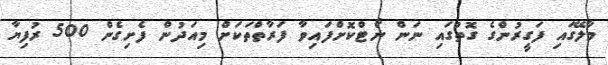
މާލޭގައި ފަގީރުންގެ ގޮތުގައި ނަން ނޯޓްކޮށްފައިވާ ފަރާތްތަކަށް މިއަދުން ފެށިގެން 500 ރުފިޔާ